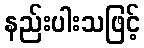
နည်းပါးသဖြင့်